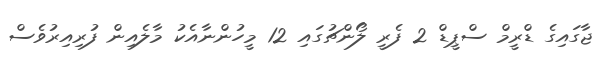
ޖާގައިގެ ޑްރީމް ސްޕީޑް 2 ފެރީ ލޯންޗުގައި 12 މީހުންނާއެކު މާލެއިން ފުރިއިރުވެސް